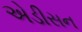
એડીસન